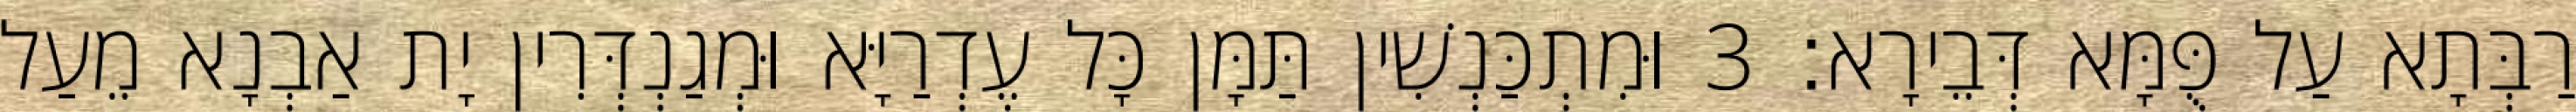
רַבְּתָא עַל פֻּמָּא דְּבֵירָא׃ 3 וּמִתְכַּנְשִׁין תַּמָּן כָּל עֶדְרַיָּא וּמְגַנְדְּרִין יָת אַבְנָא מֵעַל